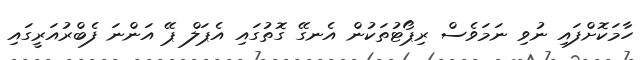
ހާމަކޮށްފައި ނުވި ނަމަވެސް ރިޕޯޓުތަކުން އެނގޭ ގޮތުގައި އެޕަލް ޕޭ އަންނަ ފެބްރުއަރީގައި